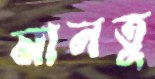
মানতু